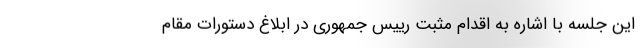
این جلسه با اشاره به اقدام مثبت رییس جمهوری در ابلاغ دستورات مقام